Report on vaccination in Madras 1904-1921 - 1904-1921
Year: 1904
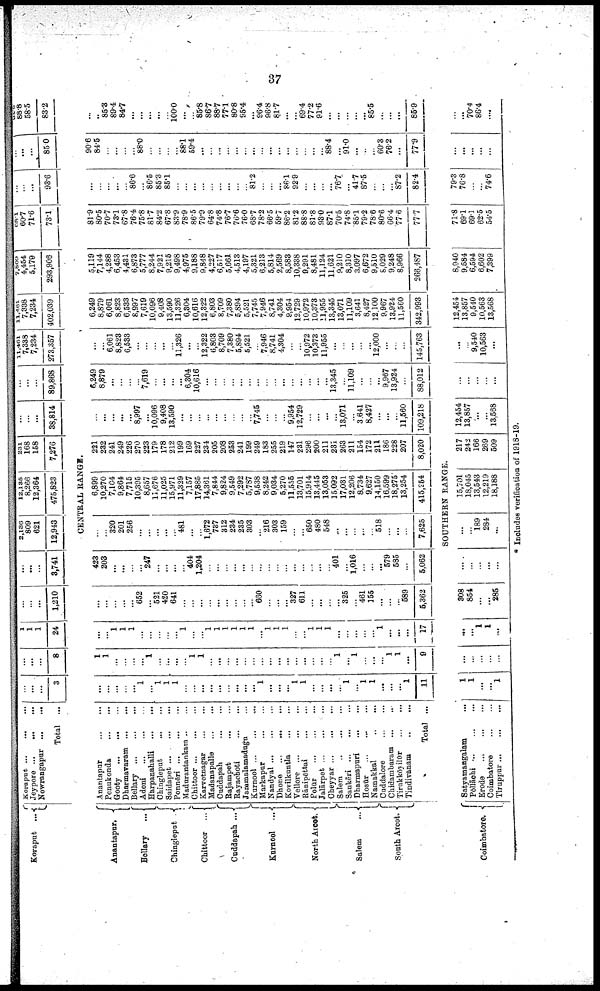
37
Koraput ...
Koraput ...
...
...
Jeypore ...
...
...
Nowrangapur ...
...
Total ...
...
...
...
3
...
...
...
8
1
1
1
24
...
...
...
1,210
...
...
...
3,741
2,186
809
621
12,943
12,136
8,266
12,364
475,823
231
168
158
7,276
...
...
...
38,814
...
...
...
89,868
11,461
7,338
7,234
273,357
11,461
7,338
7,234
402,039
7,809
4,454
5,179
293,906
68.1
60.7
71.6
73.1
...
...
...
93.6
...
...
...
85.0
94.0
88.8
58.5
83.2
CENTRAL RANGE.
Anantapur.
Bellary...
Chingleput
Chittoor ...
Cuddapah ...
Kurnool ...
North Arcot.
Salem
...
South Arcot.
Anantapur...
...
...
Penukonda...
...
...
Gooty...
...
...
Dharmavaram... ... ...
Bellary...
...
...
Adoni...
......
Harpanahalli... ...
Chingleput...
...
Saidapet...
...
...
Ponnēri... ...
Madurantankam... ... ...
Chittoor... ...
Karvetnagar... . . .
Madanapalle... . . .
Cuddapah... ...
Rajampet... ... . . .
Rayachoti...
...
...
Jammalamadugu... ... ...
Kurnool... ... ... ...
Markapur...
...
...
Nandyal...
...
...
Dhone...
...
...
Kovilkuntla...
...
...
Vellore...
...
...
Rānipēttai... ...
...
Polūr... ...
...
Jalārpet... ... ... ...
Cheyyar... ... ...
Salem... ... ... ...
Sankēri... ... ...
Dharmapuri... ...
...
Hosūr...
.
.
.
Namakkal... ... ... ...
Cuddalore... ... ...
Chidambaram... ... ...
Tirukkōyilūr...
... ...
Tindivanam... ...
...
Total ...
...
...
...
...
...
1
...
1
1
1
...
...
...
...
...
...
...
...
...
1
...
...
...
1
1
...
...
...
...
1
...
1
1
...
...
...
1
11
1
1
...
...
...
...
1
...
...
...
...
1
1
...
...
...
...
...
...
...
...
...
...
...
...
...
...
...
l
...
1
...
...
...
1
1
...
9
...
...
1
1
1
...
...
...
...
...
1
...
...
1
1
1
1
1
1
...
1
1
1
...
...
1
1
1
...
...
...
...
...
l
...
...
...
17
...
...
...
...
...
652
...
521
420
641
...
...
...
...
...
...
...
...
...
660
...
...
...
327
611
...
...
...
...
325
...
461
155
...
...
...
589
5,362
423
203
...
...
...
...
247
...
...
...
...
404
1,204
...
...
...
...
...
...
...
...
...
...
...
...
...
...
...
401
...
1,016
...
...
...
579
585
...
5,062
...
...
320
201
256
...
...
...
...
...
481
...
...
1,672
737
312
234
235
303
...
216
303
159
...
...
650
480
548
...
...
...
...
...
518
...
...
...
7,625
6,899
10,270
7,104
9,864
7,715
10,395
8,657
11,676
11,025
15,971
11,329
7,157
17,885
14,361
7,844
9,824
9,549
7,292
5,787
9,538
8,242
9,034
5,270
11,555
13,701
15,914
13,445
13,053
15,092
17,031
12,206
8,734
9,627
14,150
16,599
18,275
13,254
415,254
221
232
241
249
226
270
223
179
178
212
199
169
227
234
205
208
253
241
199
249
183
255
219
147
231
296
200
211
231
263
211
154
172
211
186
228
207
8,020
...
...
...
...
...
8,997
...
10,096
9,408
13,590
...
...
...
...
...
...
...
...
...
7,745
...
...
...
9,954
12,729
...
...
...
...
13,071
...
3,641
8,427
...
...
...
11,560
109,218
6,249
8,879
...
...
...
...
7,619
...
...
...
...
6,304
10,616
...
...
...
...
...
...
...
...
...
...
...
...
...
...
...
13,345
...
11,109
...
...
...
9,967
13,924
...
88,012
...
...
6,061
8,828
6,533
...
...
...
...
...
11,326
...
...
12,322
6,803
8,709
7,380
5,894
5,521
...
7,946
8,741
4,304
...
...
10,972
10,373
11,955
...
...
...
...
...
12,000
...
...
...
145,763
6,249
8,879
6,061
8,823
6,533
8,997
7,619
10,096
9,408
13,590
11,326
6,304
10,616
12,322
6,803
8,709
7,380
5,894
5,521
7,745
7,946
8,741
4,304
9,954
12,729
10,972
10,373
11,955
13,345
13,071
11,109
3,641
8,427
12,100
9,967
13,924
11,560
342,993
5,119
7,144
4,288
6,453
4,431
6,873
5,777
8,244
7,921
9,215
9,498
4,975
9,188
9,848
4,227
6,517
5,661
4,513
4,197
5,321
6,213
5,814
2,569
8,583
10,338
9,291
8,481
11,124
11,621
9,210
8,310
3,097
6,672
9,510
8,029
9,248
8,966
266,487
81.9
80.5
70.7
73.1
67.8
76.4
75.8
81.7
84.2
67.8
83.9
78.9
86.5
79.9
64.8
74.8
76.7
76.6
76.0
68.7
78.2
66.5
59.7
86.2
81.2
88.8
81.8
93.0
87.1
70.5
74.8
85.1
79.2
78.6
80.6
66.4
77.6
77.7
...
...
...
...
...
86.6
...
86.5
85.3
85.1
...
...
...
...
...
...
...
...
...
81.2
...
...
...
86.1
92.9
...
...
...
...
76.7
...
41.7
87.5
...
...
...
87.2
82.4
90.6
84.5
...
...
...
...
88.0
...
...
...
...
88.1
59.4
...
...
...
...
...
...
...
...
...
...
...
...
...
...
...
88.4
...
91.0
...
...
...
60.3
76.2
...
77.9
...
...
85.3
89.4
84.7
...
...
...
...
...
100.0
...
...
85.8
86.7
88.7
77.1
80.8
95.4
...
96.4
96.8
81.7
...
...
69.4
77.2
91.6
...
...
...
...
...
85.5
...
...
...
85.9
SOUTHERN RANGE.
Coimbatore.
Satyamangalam... ... ...
Pōllāchi... ... ...
Erode... .
.
. ...
Coimbatore... ...
...
Tiruppur... ... ...
1
1
...
...
1
...
...
...
...
...
...
...
1
1
...
808
854
...
...
285
...
...
...
...
...
...
...
189
284
...
15,701
18,045
13,543
12,219
18,188
217
242
166
269
509
12,454
13,857
...
...
13,568
...
...
...
...
...
...
...
9,540
10,563
...
12,454
13,857
9,540
10,563
13,568
8,940
9,584
6,594
6,602
7,399
71.8
69.1
69.1
62.5
54.5
79.3
76.8
...
...
74.6
...
...
...
...
...
...
...
70.4
86.4
...
* Includes verification of 1918-19.